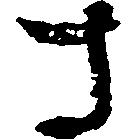
さ